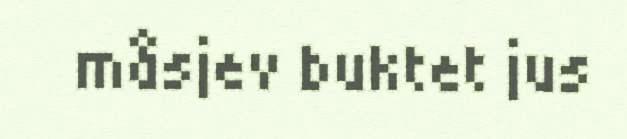
måsjev buktet jus